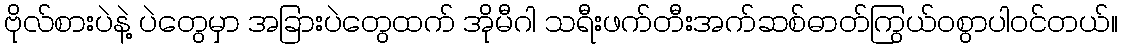
ဗိုလ်စားပဲနဲ့ ပဲတွေမှာ အခြားပဲတွေထက် အိုမီဂါ သရီးဖက်တီးအက်ဆစ်ဓာတ်ကြွယ်ဝစွာပါဝင်တယ်။